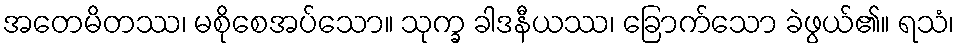
အတေမိတဿ၊ မစိုစေအပ်သော။ သုက္ခ ခါဒနီယဿ၊ ခြောက်သော ခဲဖွယ်၏။ ရသံ၊